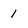
Character: 1